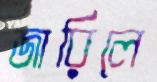
জারিলে